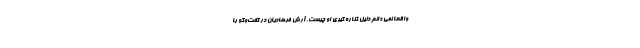
واقعا نمی دانم دلیل کناره گیری او چیست. آرش فرهادیان در گفت‌وگو با